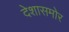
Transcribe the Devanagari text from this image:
देशासमोर